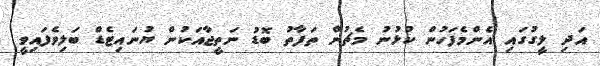
އަދި ލީގުގައި އެންމެފަހުން ކުޅުނު މެޗުން ތަފާތު ބޮޑު ނަތީޖާއަކުން ޔުނައިޓެޑް ބަލިވެފައިވީ